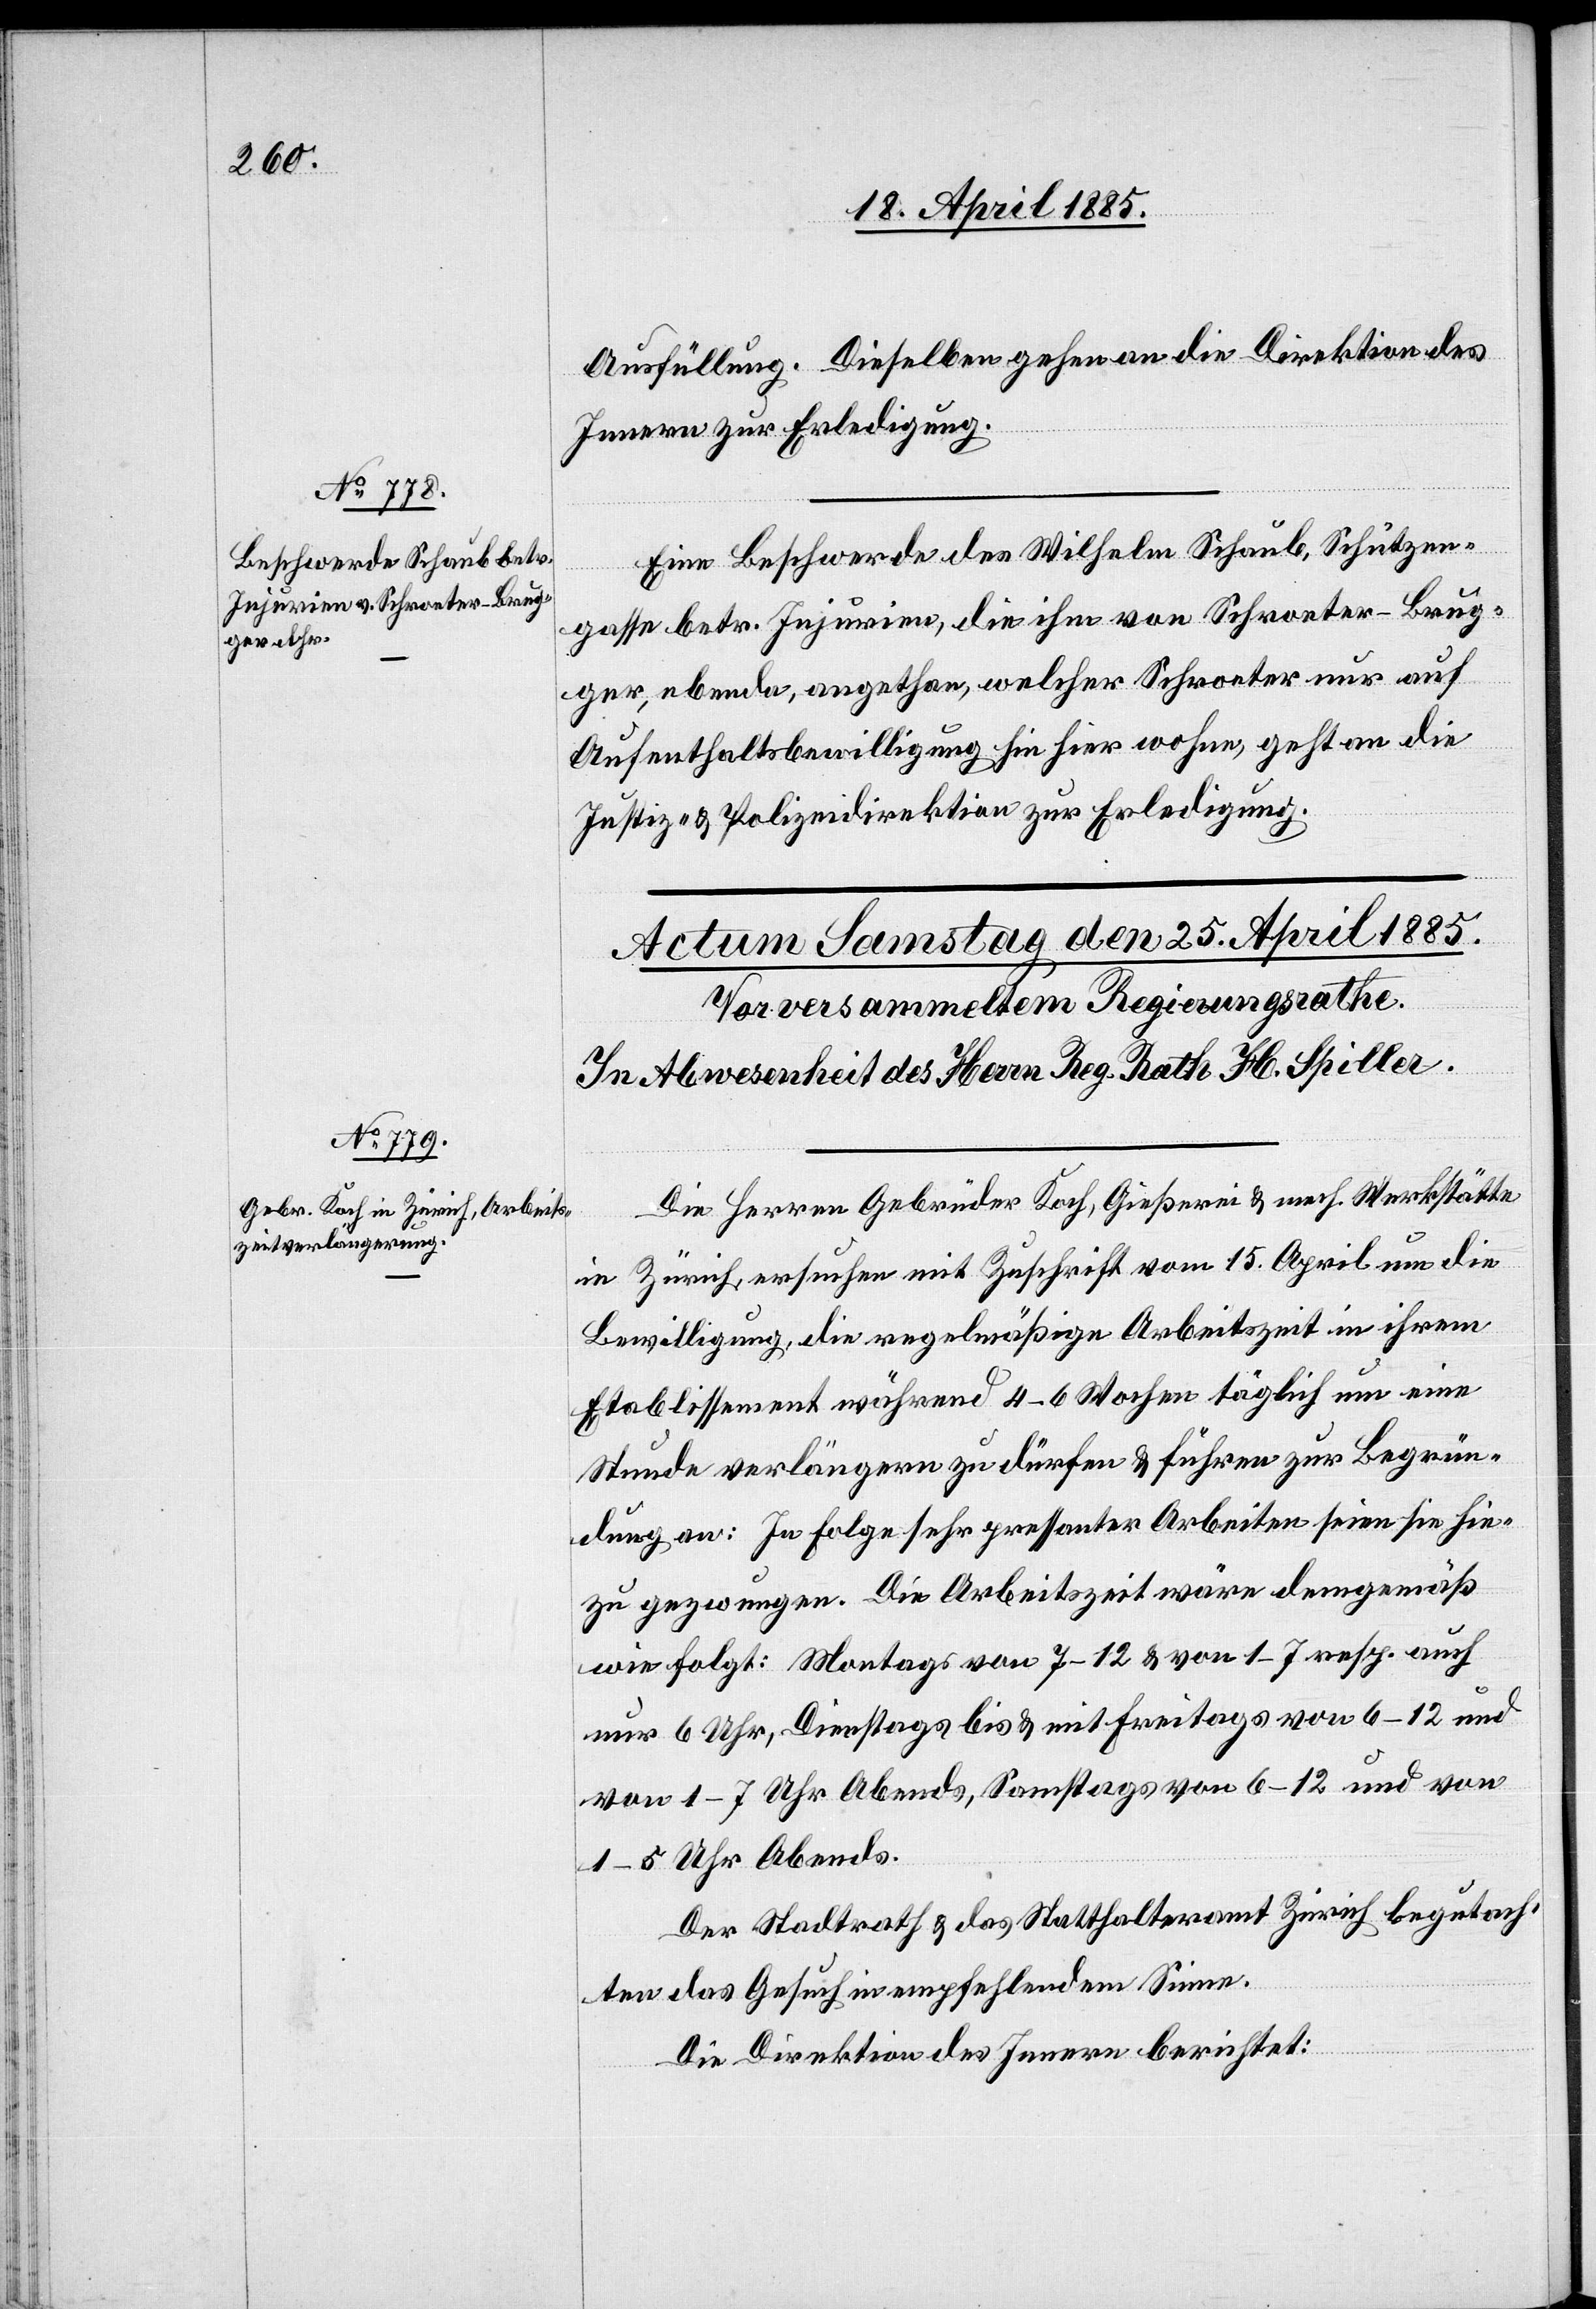
24. April 1885.]
Ausfüllung. dieselben gehen an die Direktion des
Innern zur Erledigung.
Eine Beschwerde des Wilhelm Schaub, Schützen¬
gasse betr. Injurien, die ihm von Schroeter-Brug¬
ger, ebenda, angethan, welcher Schroeter nur auf
Aufenthaltsbewilligung hin hier wohne, geht an die
Justiz- & Polizeidirektion zur Erledigung.
Die Herren Gebrüder Koch, Gießerei & mech. Werkstätte
in Zürich, ersuchen mit Zuschrift vom 15. April um die
Bewilligung, die regelmäßige Arbeitszeit in ihrem
Etablissement während 4–6 Wochen täglich um eine
Stunde verlängern zu dürfen & führen zur Begrün¬
dung an: In Folge sehr pressanter Arbeiten seien sie hie¬
zu gezwungen Die Arbeitszeit wäre demgemäß
wie folgt: Montags von 7–12 & von 1–7 resp. auch
nur 6 Uhr, Dienstags bis & mit Freitags von 6–12 und
von 1–7 Uhr Abends, Samstags von 6–12 und von
1–5 Uhr Abends.
Der Stadtrath & das Statthalteramt Zürich begutach¬
ten das Gesuch in empfehlendem Sinne.
Die Direktion des Innern berichtet: